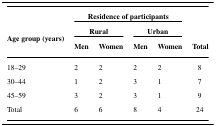
|  | <COLSPAN=4> Residence of participants |  |
 | <ROWSPAN=2> Age group (years) | <COLSPAN=2> Rural | <COLSPAN=2> Urban |  |
 | Men | Women | Men | Women | Total |
 | --- | --- | --- | --- | --- | --- |
 | 18–29 | 2 | 2 | 2 | 2 | 8 |
 | 30–44 | 1 | 2 | 3 | 1 | 7 |
 | 45–59 | 3 | 2 | 3 | 1 | 9 |
 | Total | 6 | 6 | 8 | 4 | 24 |